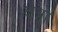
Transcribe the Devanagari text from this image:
क्षेत्र्रों